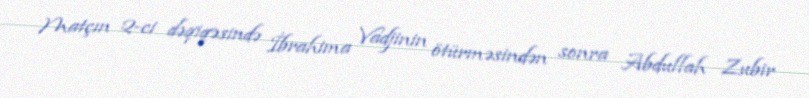
Matçın 2-ci dəqiqəsində İbrahima Vadjinin ötürməsindən sonra Abdullah Zubir